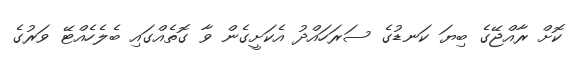
ކޮށް ރާއްޖޭގެ ބިޔަ ކަނޑުގެ ސަރަހައްދު އެކަށީގެން ވާ ގޮތެއްގައި ބެލެހެއްޓޭ ވަރުގެ